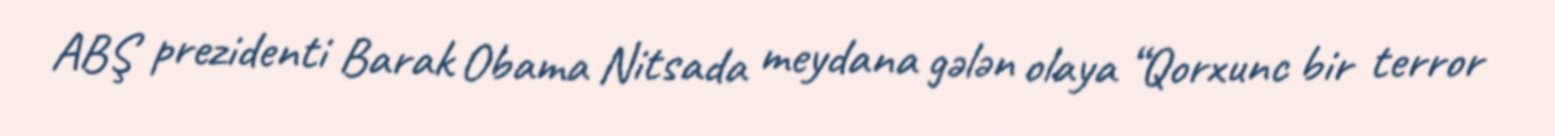
ABŞ prezidenti Barak Obama Nitsada meydana gələn olaya “Qorxunc bir terror